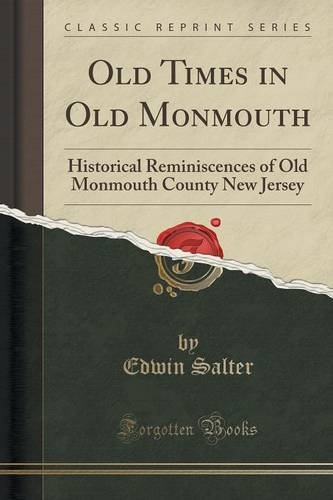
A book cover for Old Times in Old Monmouth: Historical Reminiscences of Old Monmouth County New Jersey (Classic Reprint); Edwin Salter; Reference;